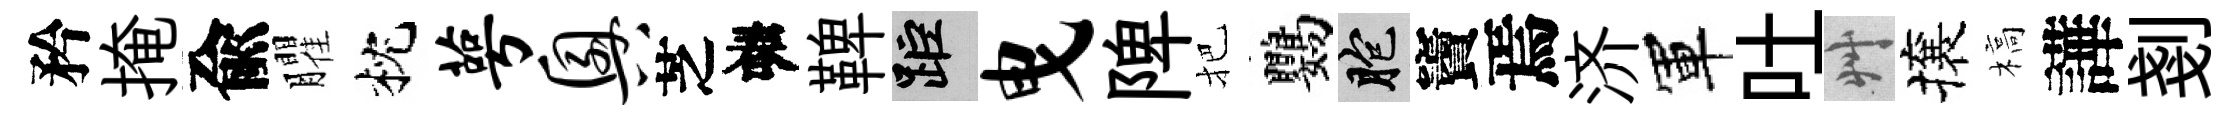
矜掩兪臞枕萼兴芝春鞞距曳陴把鸚胞竇焉济軍吐艸攘槁譁剗